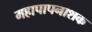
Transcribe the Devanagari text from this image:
महापापनाशक